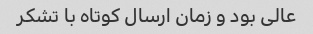
عالی بود و زمان ارسال کوتاه با تشکر